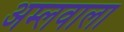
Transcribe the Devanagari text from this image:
अम्लवाला